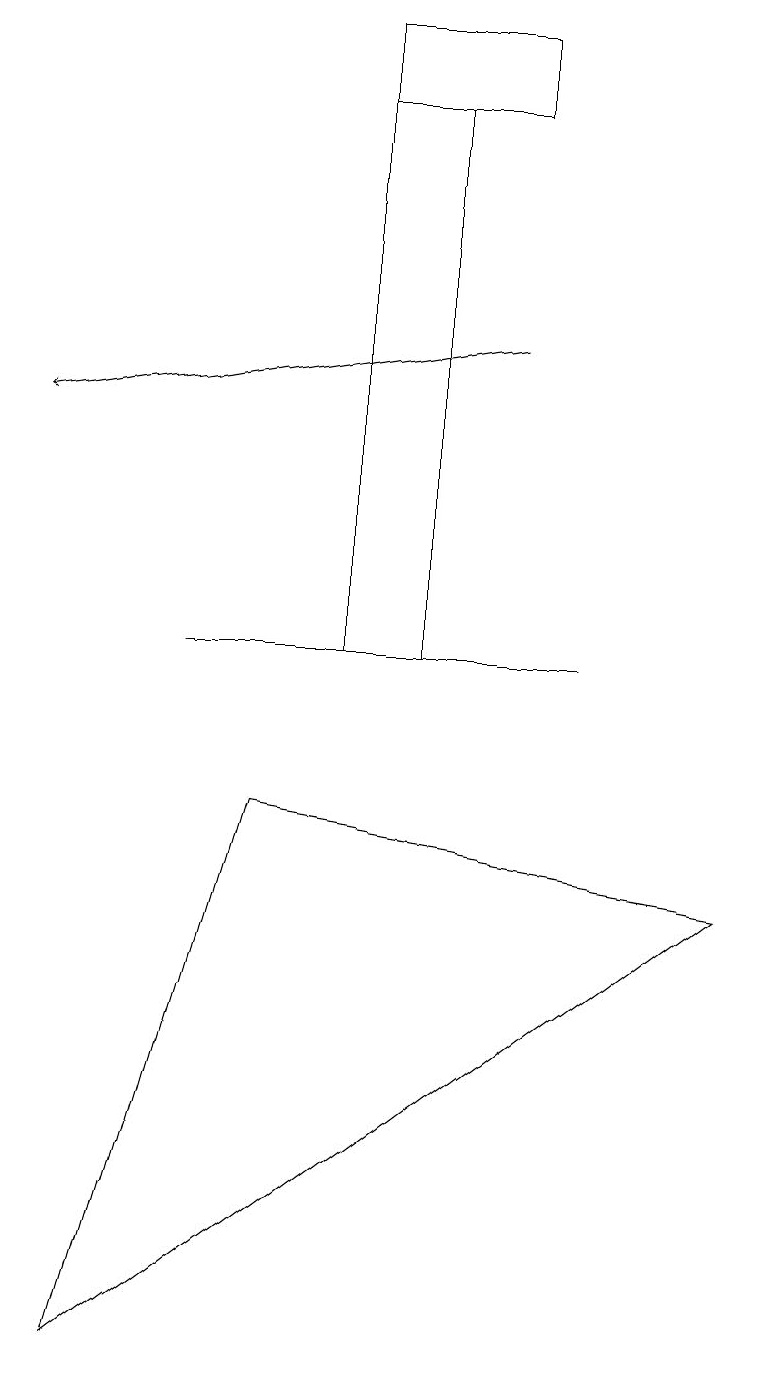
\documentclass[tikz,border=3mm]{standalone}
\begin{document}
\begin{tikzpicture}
\draw (1,2) -- (3,9) -- (9,8) -- cycle;
\draw (2,11) rectangle (7,11);
\draw (5,11) rectangle (4,18);
\draw (6,18) rectangle (4,19);
\draw[->] (6,15) -- (0,14);
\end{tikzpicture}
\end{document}